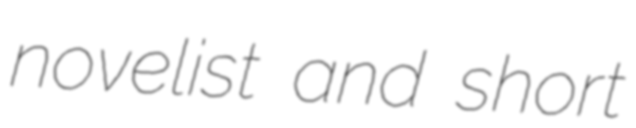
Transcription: novelist and short